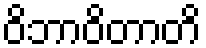
ဝိဘာဝိတာတိ